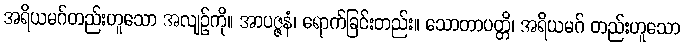
အရိယမဂ်တည်းဟူသော အလျဉ်ကို။ အာပဇ္ဇနံ၊ ရောက်ခြင်းတည်း။ သောတာပတ္တိ၊ အရိယမဂ် တည်းဟူသော